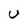
Character: U